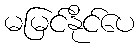
မမြင်နိုင်ပေ